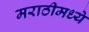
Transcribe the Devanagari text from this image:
मराठीमध्‍ये